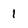
Character: 1